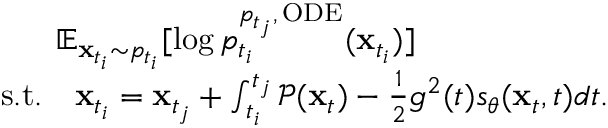
\begin{array} { r } { \mathbb { E } _ { \mathbf { x } _ { t _ { i } } \sim p _ { t _ { i } } } [ \log p _ { t _ { i } } ^ { p _ { t _ { j } } , \, \mathrm { O D E } } ( \mathbf { x } _ { t _ { i } } ) ] \qquad \qquad \qquad } \\ { \mathrm { s . t . } \quad \mathbf { x } _ { t _ { i } } = \mathbf { x } _ { t _ { j } } + \int _ { t _ { i } } ^ { t _ { j } } \mathcal { P } ( \mathbf { x } _ { t } ) - \frac { 1 } { 2 } g ^ { 2 } ( t ) s _ { \theta } ( \mathbf { x } _ { t } , t ) d t . } \end{array}